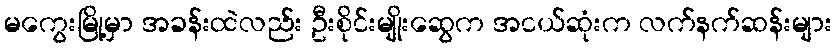
မကွေးမြို့မှာ အခန်းထဲလည်း ဦးစိုင်းမျိုးဆွေက အငယ်ဆုံးက လက်နက်ဆန်းများ